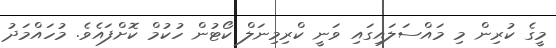
މީގެ ކުރިން މި މައްސަލައިގައި ވަނީ ކްރިމިނަލް ކޯޓުން ހުކުމް ކޮށްފައެވެ. މުހައްމަދު